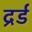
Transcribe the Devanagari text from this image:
द्रर्ड